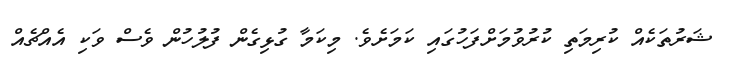
ޝަރުތަކެއް ކުރިމަތި ކުރުވުމަށްފަހުގައި ކަމަށެވެ. މިކަމާ ގުޅިގެން ފުލުހުން ވެސް ވަކި އެއްޗެއް